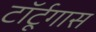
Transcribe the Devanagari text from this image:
टॉर्टूगास